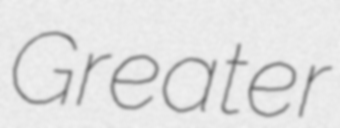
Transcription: Greater